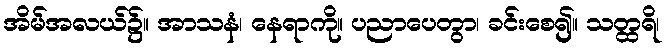
အိမ်အလယ်၌။ အာသနံ၊ နေရာကို။ ပညာပေတွာ၊ ခင်းစေ၍။ သတ္ထရိ၊